Source: Computer-generated
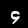
Digit: ၄ (4)